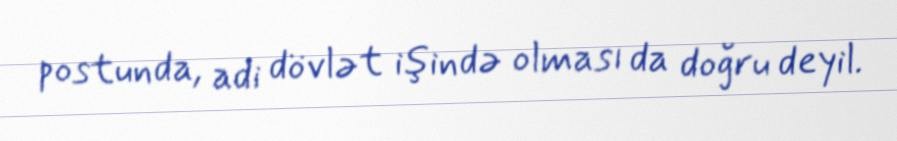
postunda, adi dövlət işində olması da doğru deyil.